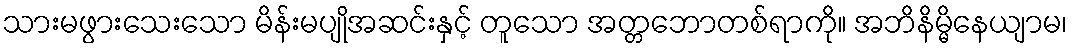
သားမဖွားသေးသော မိန်းမပျိုအဆင်းနှင့် တူသော အတ္တဘောတစ်ရာကို။ အဘိနိမ္မိနေယျာမ၊